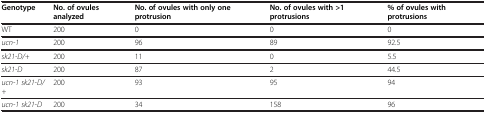
<table><thead><tr><td><b>Genotype</b></td><td><b>No. of ovules analyzed</b></td><td><b>No. of ovules with only one protrusion</b></td><td><b>No. of ovules with <i>&gt;</i>1 protrusions</b></td><td><b>% of ovules with protrusions</b></td></tr></thead><tbody><tr><td>WT</td><td>200</td><td>0</td><td>0</td><td>0</td></tr><tr><td><i>ucn-1</i></td><td>200</td><td>96</td><td>89</td><td>92.5</td></tr><tr><td><i>sk21-D/+</i></td><td>200</td><td>11</td><td>0</td><td>5.5</td></tr><tr><td><i>sk21-D</i></td><td>200</td><td>87</td><td>2</td><td>44.5</td></tr><tr><td><i>ucn-1 sk21-D/+</i></td><td>200</td><td>93</td><td>95</td><td>94</td></tr><tr><td><i>ucn-1 sk21-D</i></td><td>200</td><td>34</td><td>158</td><td>96</td></tr></tbody></table>